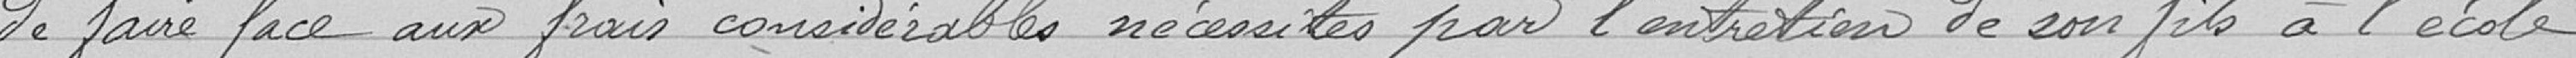
de faire face aux frais considérables nécessités par l'entretien de son fils à l'école